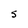
Character: S